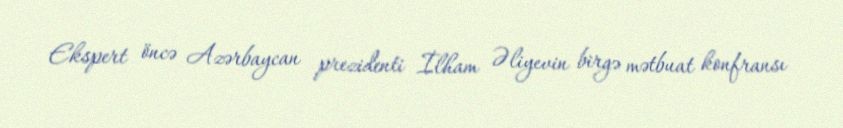
Ekspert öncə Azərbaycan prezidenti İlham Əliyevin birgə mətbuat konfransı